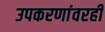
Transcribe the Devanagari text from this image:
उपकरणांवरही